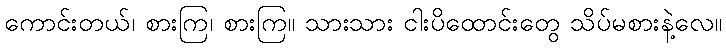
ကောင်းတယ်၊ စားကြ၊ စားကြ။ သားသား ငါးပိထောင်းတွေ သိပ်မစားနဲ့လေ။